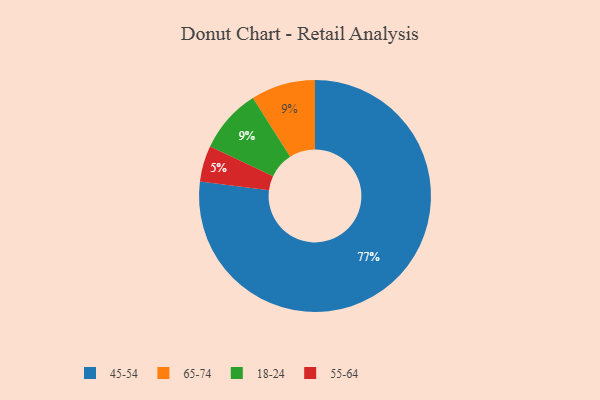
{"axis": {"x": "Category", "y": "Percentage"}, "legend": ["18-24", "45-54", "55-64", "65-74"], "data": [{"x": "45-54", "y": 77, "type": "45-54"}, {"x": "65-74", "y": 9, "type": "65-74"}, {"x": "18-24", "y": 9, "type": "18-24"}, {"x": "55-64", "y": 5, "type": "55-64"}]}